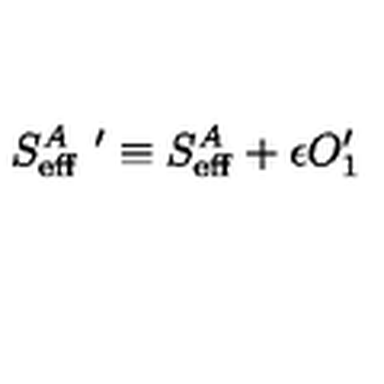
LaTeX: { S _ { \mathrm { e f f } } ^ { A } } \ ^ { \prime } \equiv S _ { \mathrm { e f f } } ^ { A } + \epsilon O _ { 1 } ^ { \prime }